DOW-UAP-D19, Mission Report, Syria, February 21, 2023
Agency: Department of War
Incident date: 2/21/23
Incident location: Syria
Page 7
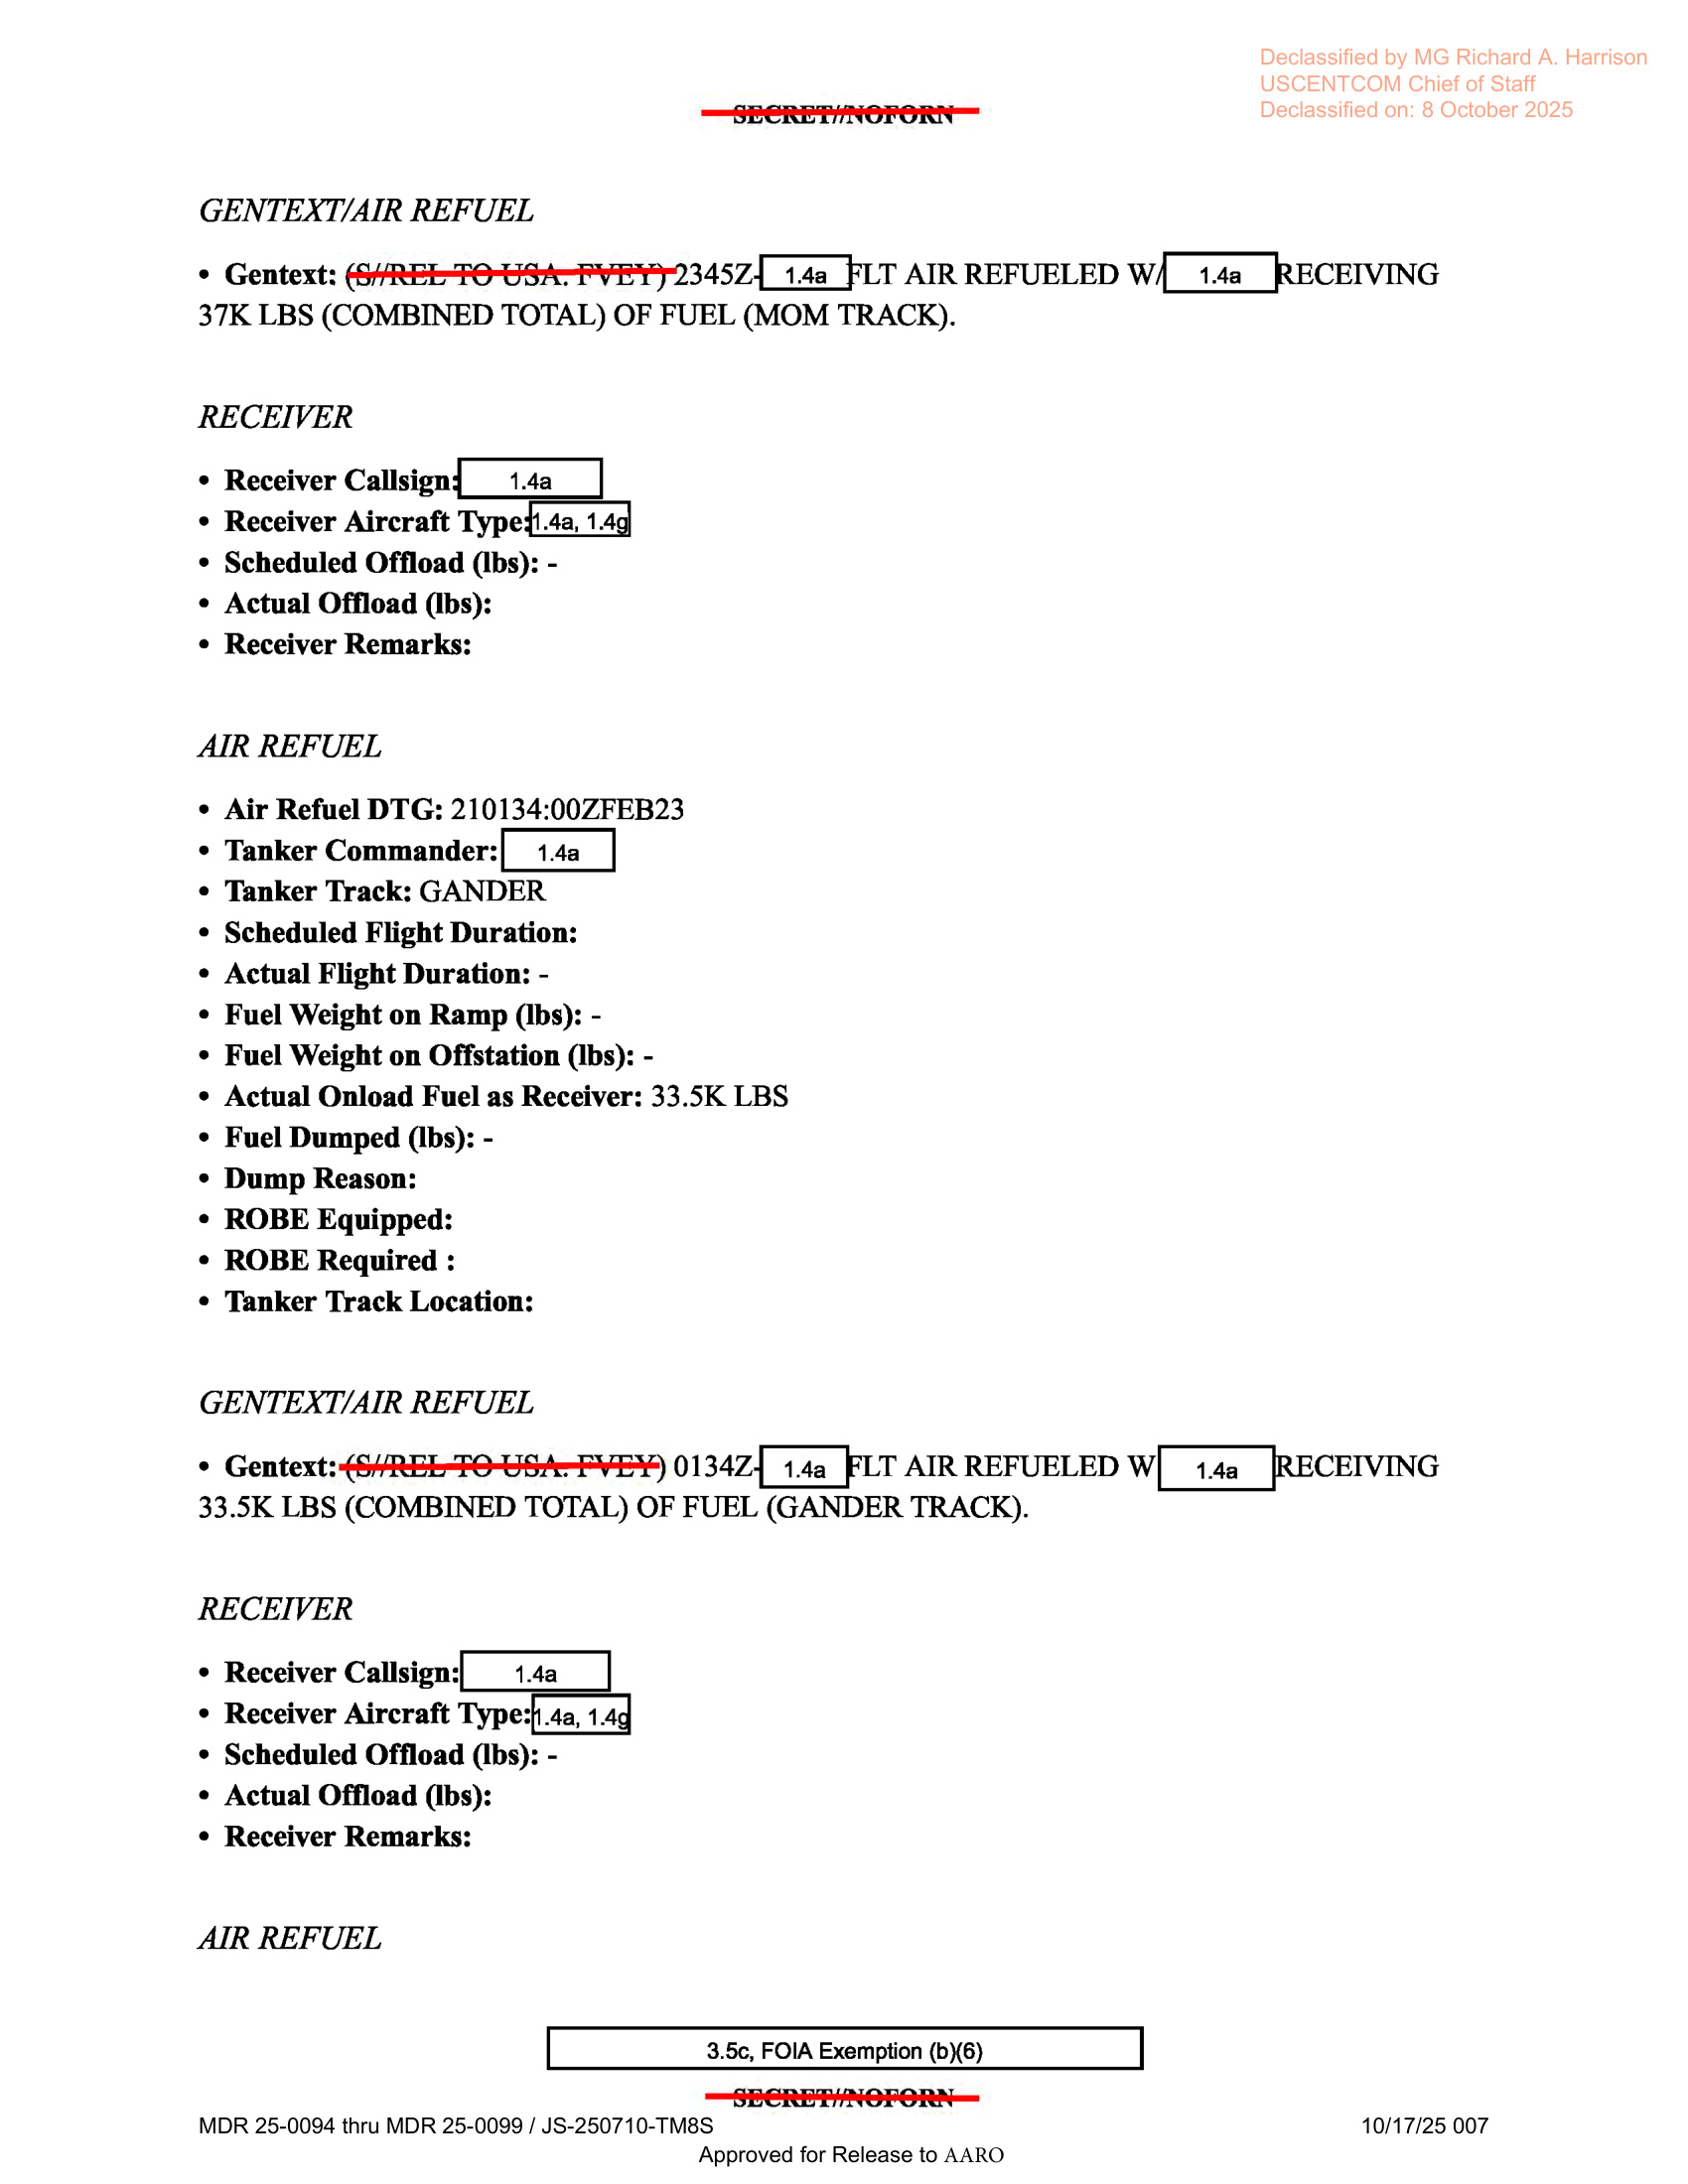